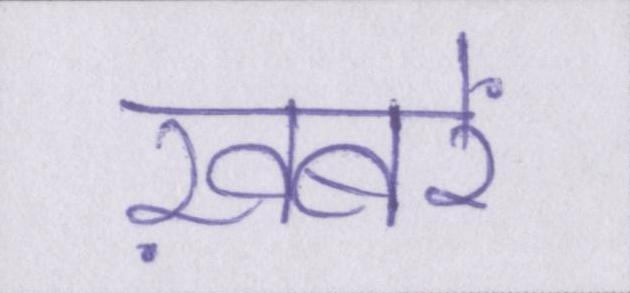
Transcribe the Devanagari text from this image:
ख़बरें